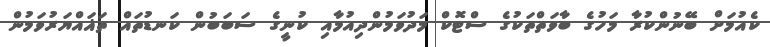
ކެއުމަށް ބޭނުންކުރާ މަހުގެ ބާވަތްތަކުގެ ސްޓޮކް މަދުވަމުންދިއުމާއި ކުނީގެ ސަބަބުން ކަނޑުތައް ތަަޣައްޔަރުވަމުން